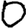
Digit: 0